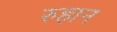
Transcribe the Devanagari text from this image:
रुहान